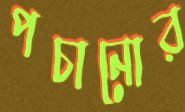
পচানোর